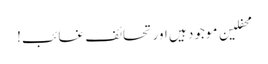
محفلین موجود ہیں اور تحائف غائب!